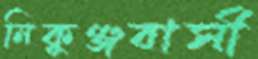
নিকুঞ্জবাসী